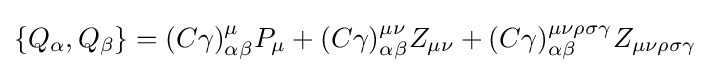
\{Q_{\alpha },Q_{\beta }\}=(C\gamma )_{\alpha \beta }^{\mu }P_{\mu }+(C\gamma )_{\alpha \beta }^{\mu \nu }Z_{\mu \nu }+(C\gamma )_{\alpha \beta }^{\mu \nu \rho \sigma \gamma }Z_{\mu \nu \rho \sigma \gamma }